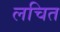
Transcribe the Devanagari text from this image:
लचित